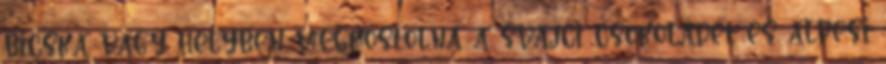
bicska vagy helyben megkóstolná a svájci csokoládét és alpesi